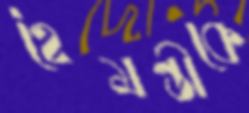
হৈমন্তীকে